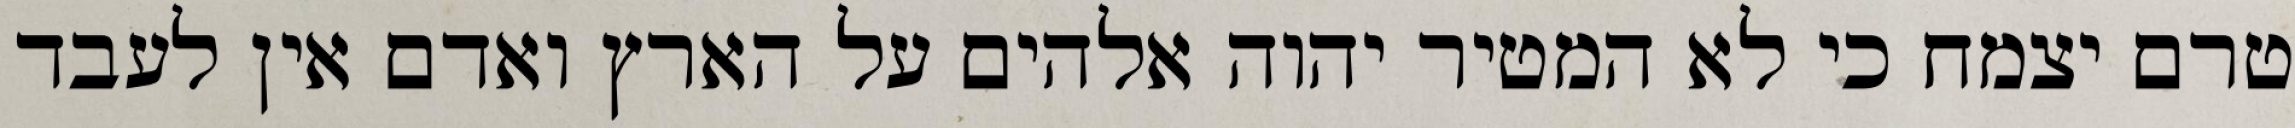
טרם יצמח כי לא המטיר יהוה אלהים על הארץ ואדם אין לעבד